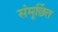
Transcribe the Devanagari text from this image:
संमूर्छित